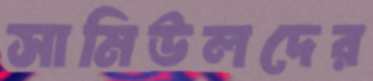
সামিউলদের